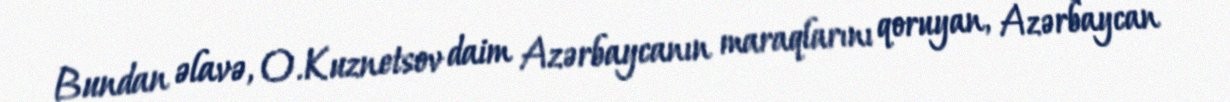
Bundan əlavə, O.Kuznetsov daim Azərbaycanın maraqlarını qoruyan, Azərbaycan